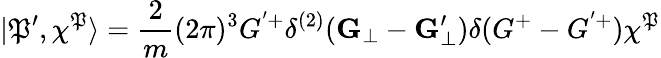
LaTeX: |\mathfrak{P}^{\prime},\chi^{\mathfrak{P}}\rangle=\frac{{2}}{{m}}(2\pi)^{3}G^{'+}\delta^{(2)}({\mathbf{G}}_{\bot}-{\mathbf{G}}_{\bot}^{\prime})\delta(G^{+}-G^{'+})\chi^{\mathfrak{P}}